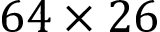
6 4 \times 2 6